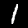
Label: 1